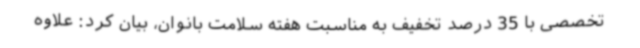
تخصصی با 35 درصد تخفیف به مناسبت هفته سلامت بانوان، بیان کرد:‌ علاوه